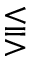
\lesseqqgtr